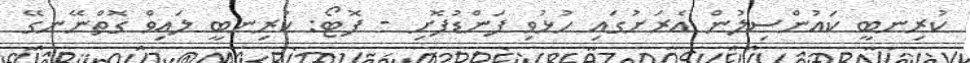
ކުރިނބީ ކައުންސިލުން އެރަށުގައި ހުޅުވި ފަންޑުފޮށި - ފޮޓޯ: ކުރިނބީ ލައިވް ގޮތްނޭނގޭ